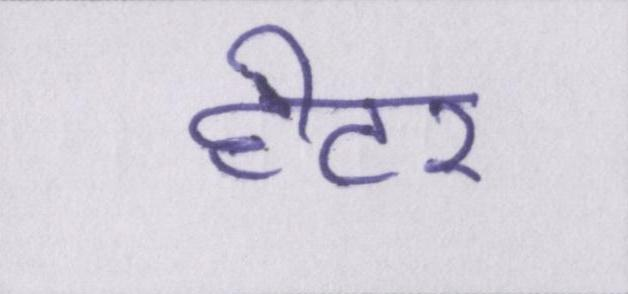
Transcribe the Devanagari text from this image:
हीटर